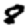
Digit: 8